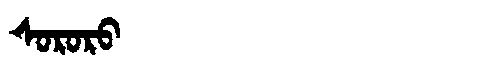
Manchu: ᠰᠣᡵᠣᡵᠣ
Romanization: SORORO